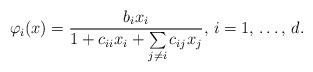
LaTeX: \begin{align*}\varphi_{i}(x)=\frac{b_{i}x_{i}}{1+c_{ii}x_{i}+\sum\limits_{j\ne i} {c_{ij}x_{j}} },\thinspace i=1,\thinspace \mathellipsis ,\thinspace d.\end{align*}